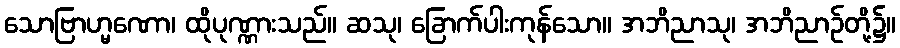
သောဗြာဟ္မဏော၊ ထိုပုဏ္ဏားသည်။ ဆသု၊ ခြောက်ပါးကုန်သော။ အဘိညာသု၊ အဘိညာဉ်တို့၌။